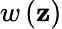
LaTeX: w\left(\mathbf{z}\right)